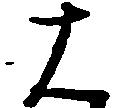
は